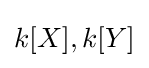
k[X],k[Y]